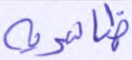
ظاهرية